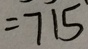
= 7 1 5